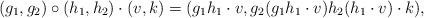
LaTeX: \begin{align*} (g_1,g_2) \circ (h_1,h_2) \cdot (v,k)& = (g_1 h_1\cdot v, g_2 ( g_1 h_1 \cdot v) h_2 ( h_1 \cdot v) \cdot k), \end{align*}